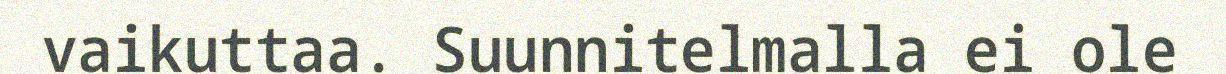
vaikuttaa. Suunnitelmalla ei ole